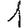
Digit: 1